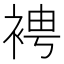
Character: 𧚗